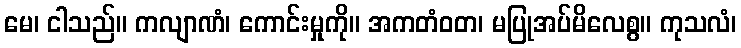
မေ၊ ငါသည်။ ကလျာဏံ၊ ကောင်းမှုကို။ အကတံဝတ၊ မပြုအပ်မိလေစွ။ ကုသလံ၊